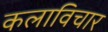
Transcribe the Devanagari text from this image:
कलाविचार